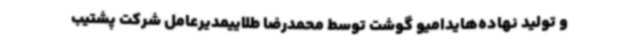
و تولید نهاده‌هایدامیو گوشت توسط محمدرضا طلاییمدیرعامل شرکت پشتیب